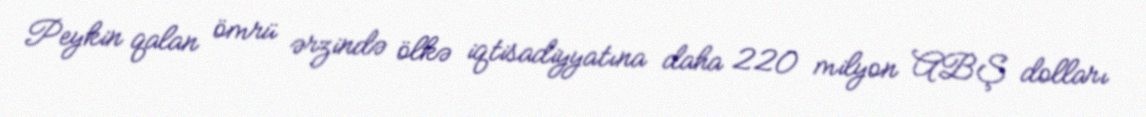
Peykin qalan ömrü ərzində ölkə iqtisadiyyatına daha 220 milyon ABŞ dolları